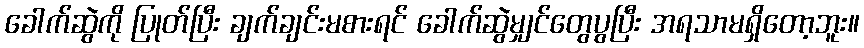
ခေါက်ဆွဲကို ပြုတ်ပြီး ချက်ချင်းမစားရင် ခေါက်ဆွဲမျှင်တွေပွပြီး အရသာမရှိတော့ဘူး။